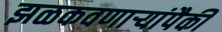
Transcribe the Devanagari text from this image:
झळकवणार्‍यांपैकी